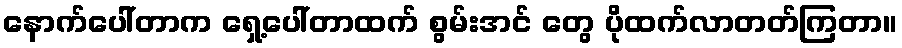
နောက်ပေါ်တာက ရှေ့ပေါ်တာထက် စွမ်းအင် တွေ ပိုထက်လာတတ်ကြတာ။